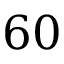
6 0